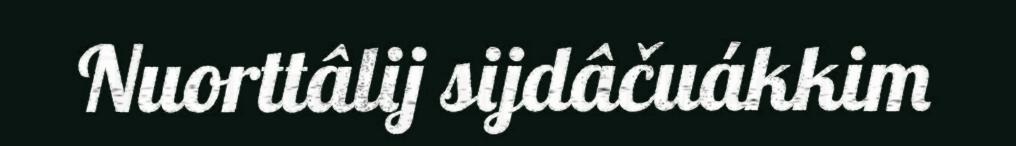
Nuorttâlij sijdâčuákkim